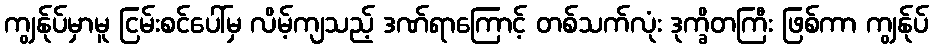
ကျွန်ုပ်မှာမူ ငြမ်းစင်ပေါ်မှ လိမ့်ကျသည့် ဒဏ်ရာကြောင့် တစ်သက်လုံး ဒုက္ခိတကြီး ဖြစ်ကာ ကျွန်ုပ်